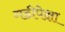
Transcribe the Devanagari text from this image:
गढीपेक्षा